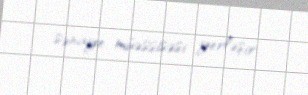
sənaye müəssisəsi yerləşir.